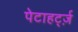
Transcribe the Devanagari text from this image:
पेटाहर्ट्ज़